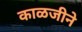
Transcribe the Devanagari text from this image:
काळजीने